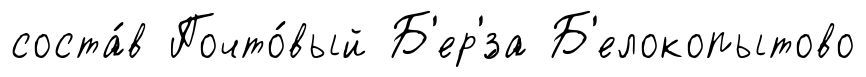
соста́в Почто́вый Б'ер'́за Б'елокопытово